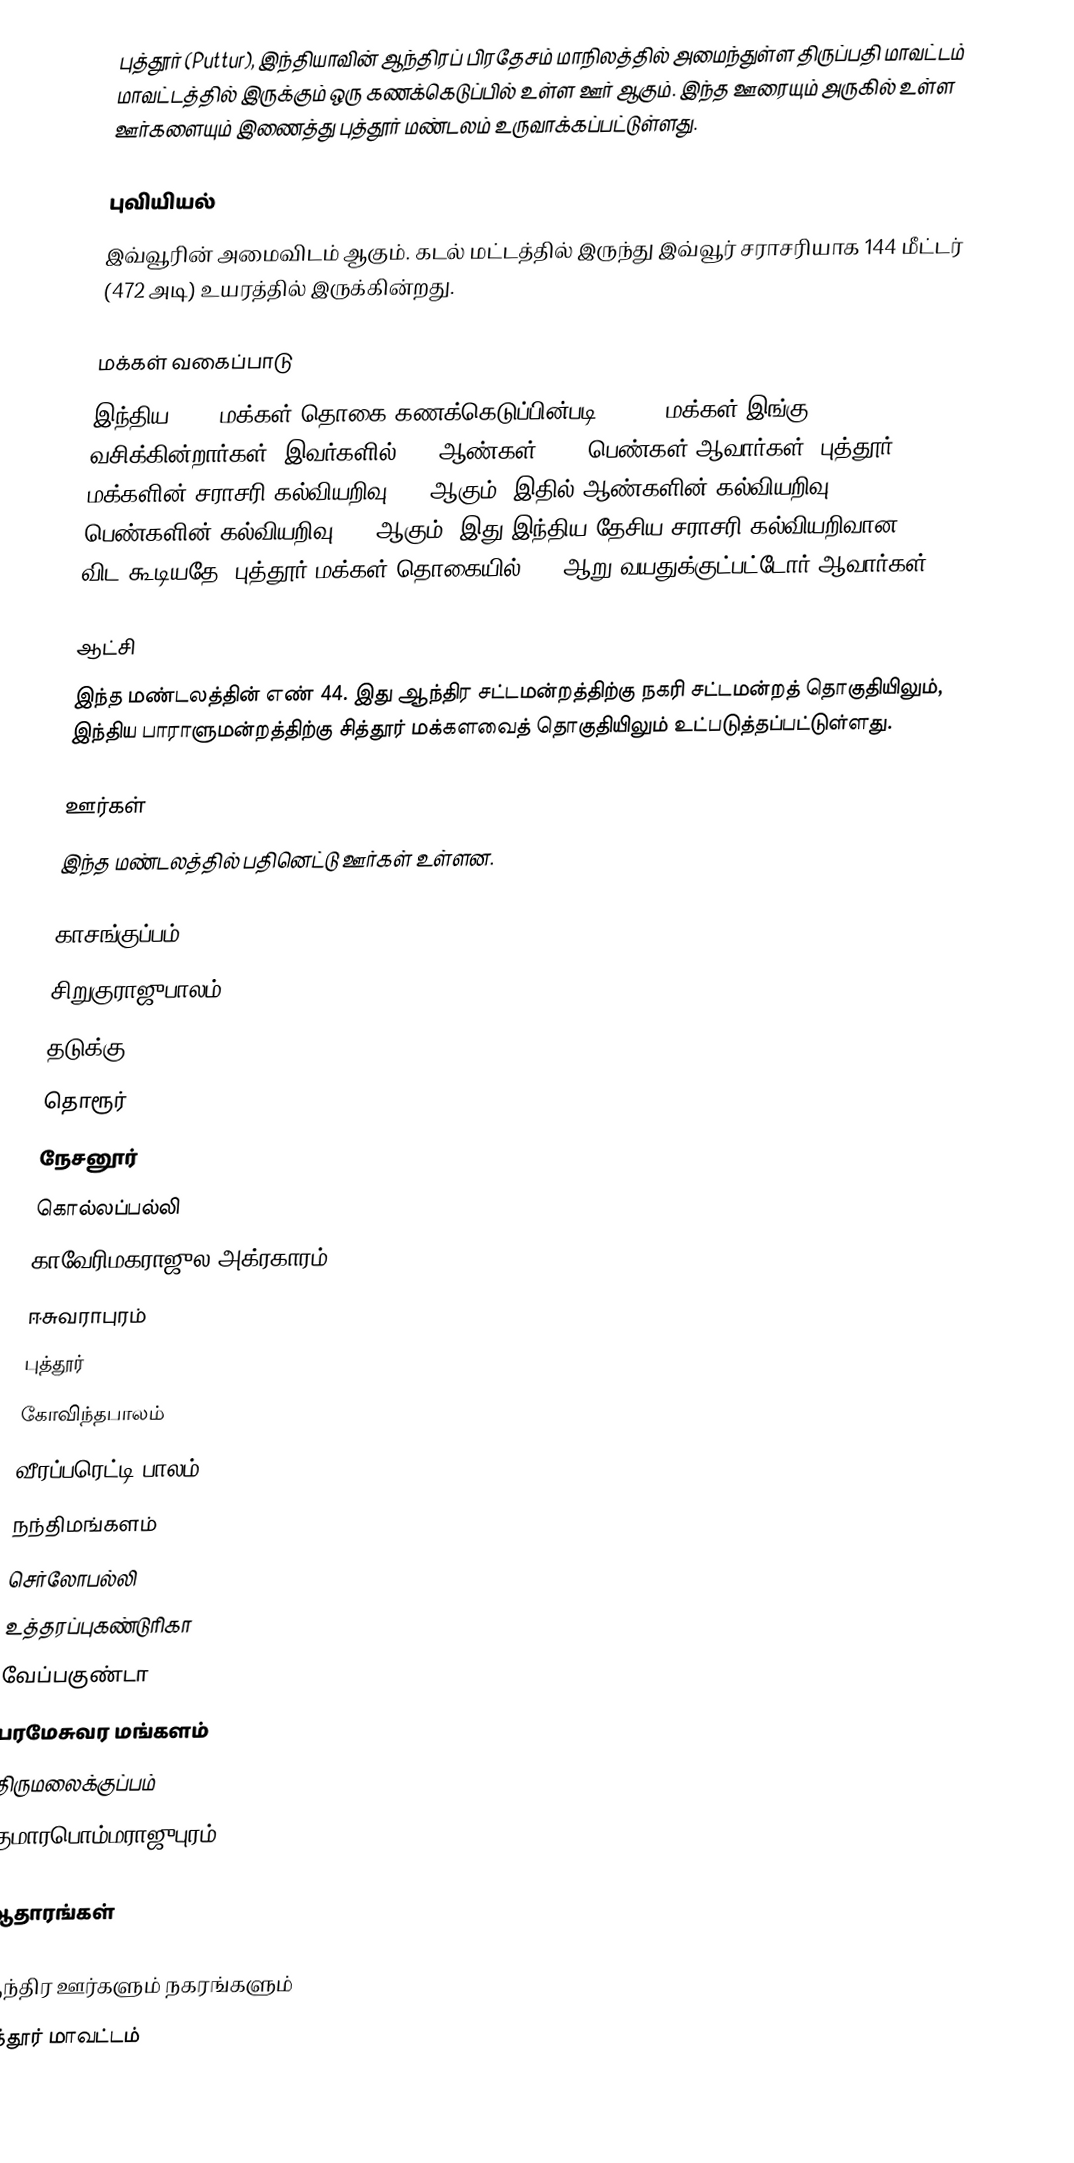
புத்தூர் (Puttur), இந்தியாவின் ஆந்திரப் பிரதேசம் மாநிலத்தில் அமைந்துள்ள திருப்பதி மாவட்டம் மாவட்டத்தில் இருக்கும் ஒரு கணக்கெடுப்பில் உள்ள ஊர்  ஆகும். இந்த ஊரையும் அருகில் உள்ள ஊர்களையும் இணைத்து புத்தூர் மண்டலம் உருவாக்கப்பட்டுள்ளது.

புவியியல்
இவ்வூரின் அமைவிடம்  ஆகும். கடல் மட்டத்தில் இருந்து இவ்வூர் சராசரியாக 144 மீட்டர் (472 அடி) உயரத்தில் இருக்கின்றது.

மக்கள் வகைப்பாடு
இந்திய 2001 மக்கள் தொகை கணக்கெடுப்பின்படி 29,337 மக்கள் இங்கு வசிக்கின்றார்கள். இவர்களில் 50% ஆண்கள், 50% பெண்கள் ஆவார்கள். புத்தூர் மக்களின் சராசரி கல்வியறிவு 71% ஆகும்,  இதில் ஆண்களின் கல்வியறிவு 79%,  பெண்களின் கல்வியறிவு 64% ஆகும். இது இந்திய தேசிய சராசரி கல்வியறிவான 59.5% விட கூடியதே. புத்தூர் மக்கள் தொகையில் 11%  ஆறு வயதுக்குட்பட்டோர் ஆவார்கள்.

ஆட்சி
இந்த மண்டலத்தின் எண் 44. இது ஆந்திர சட்டமன்றத்திற்கு நகரி சட்டமன்றத் தொகுதியிலும், இந்திய பாராளுமன்றத்திற்கு சித்தூர் மக்களவைத் தொகுதியிலும் உட்படுத்தப்பட்டுள்ளது.

ஊர்கள்
இந்த மண்டலத்தில் பதினெட்டு ஊர்கள் உள்ளன.

 காசங்குப்பம்
 சிறுகுராஜுபாலம்
 தடுக்கு
 தொரூர்
 நேசனூர்
 கொல்லப்பல்லி
 காவேரிமகராஜுல அக்ரகாரம்
 ஈசுவராபுரம்
 புத்தூர்
 கோவிந்தபாலம்
 வீரப்பரெட்டி பாலம்
 நந்திமங்களம்
 செர்லோபல்லி
 உத்தரப்புகண்டுரிகா
 வேப்பகுண்டா
 பரமேசுவர மங்களம்
 திருமலைக்குப்பம்
 குமாரபொம்மராஜுபுரம்

ஆதாரங்கள்

 ஆந்திர ஊர்களும் நகரங்களும்
சித்தூர் மாவட்டம்